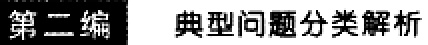
第二编 典型问题分类解析